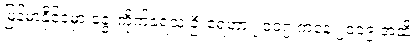
မြန်မာနိုင်ငံမှာ ခွေးကိုက်ခံရသူ ဦးရေဟာ ၂၀၁၇ ကနေ ၂၀၁၉ အထိ